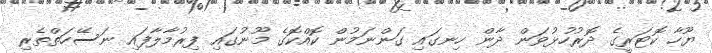
ޔޫހާ ކޮޓަރީގެ ދޮރުހުޅުވަން ދާން ހިނގައި ގަންނަމުން ކޮއްކޮގެ މޫނުގައި ފިރުމާލާފައި ނަސޭހަތްތެރި